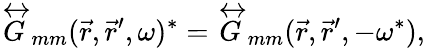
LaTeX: \overleftrightarrow{G}_{mm}(\vec{r},\vec{r}^{\prime},\omega)^{*}=\overleftrightarrow{G}_{mm}(\vec{r},\vec{r}^{\prime},-\omega^{*}),